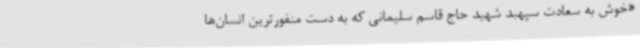
«خوش به سعادت سپهبد شهید حاج قاسم سلیمانی که به دست منفورترین انسان‌ها